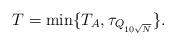
LaTeX: \begin{align*}T=\min\{T_A,\tau_{Q_{10\sqrt{N}}}\}.\end{align*}